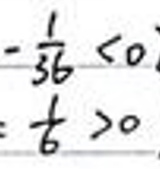
$-\frac{1}{36}<0\\ \frac{t}{6}>0$